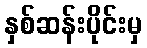
နှစ်ဆန်းပိုင်းမှ